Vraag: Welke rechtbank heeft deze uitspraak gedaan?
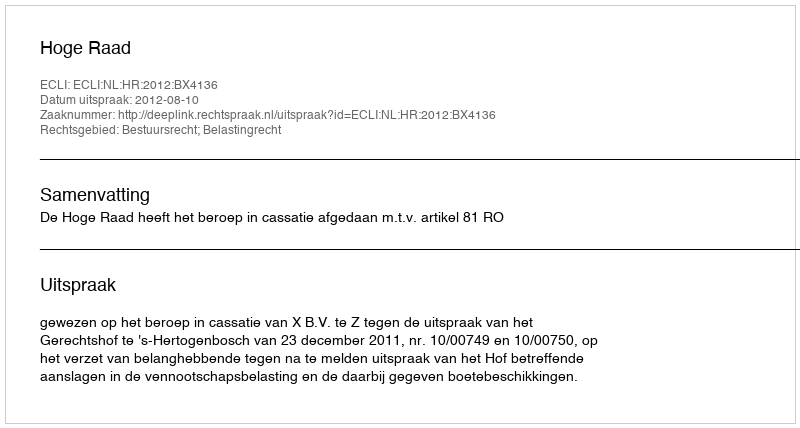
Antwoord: Hoge Raad